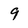
Character: 9